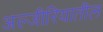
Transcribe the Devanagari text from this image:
अल्जीरियातील